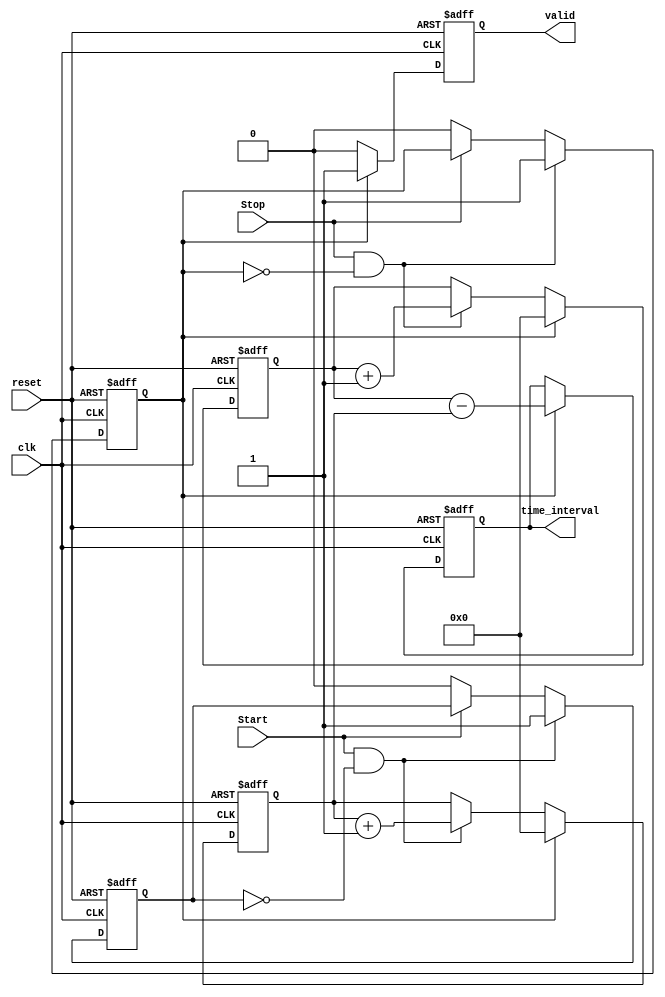
module TDC (
    input wire clk,           // Clock signal
    input wire reset,         // Reset signal
    input wire Start,         // Start event signal
    input wire Stop,          // Stop event signal
    output reg [31:0] time_interval, // Time interval output
    output reg valid          // Output valid signal
);

reg [31:0] start_timestamp; // To store the timestamp of Start event
reg [31:0] stop_timestamp;  // To store the timestamp of Stop event
reg start_capture;          // Flag to indicate start capture
reg stop_capture;           // Flag to indicate stop capture

// Clock domain sampling
always @(posedge clk or posedge reset) begin
    if (reset) begin
        start_timestamp <= 32'b0;
        stop_timestamp <= 32'b0;
        valid <= 1'b0;
        time_interval <= 32'b0;
        start_capture <= 1'b0;
        stop_capture <= 1'b0;
    end else begin
        // Detect Start event (rising edge)
        if (Start && !start_capture) begin
            start_timestamp <= start_timestamp + 1; // Increment timestamp on each clock cycle
            start_capture <= 1'b1; // Capture Start event
        end else if (!Start) begin
            start_capture <= 1'b0; // Reset capture flag when Start signal is low
        end

        // Detect Stop event (rising edge)
        if (Stop && !stop_capture) begin
            stop_timestamp <= stop_timestamp + 1; // Increment timestamp on each clock cycle
            stop_capture <= 1'b1; // Capture Stop event
        end else if (!Stop) begin
            stop_capture <= 1'b0; // Reset capture flag when Stop signal is low
        end

        // Calculate time interval when Stop event occurs
        if (stop_capture) begin
            time_interval <= stop_timestamp - start_timestamp; // Calculate time difference
            valid <= 1'b1; // Set valid signal
            // Reset timestamps for the next measurement
            start_timestamp <= 32'b0;
            stop_timestamp <= 32'b0;
        end else begin
            valid <= 1'b0; // Reset valid signal if not in a valid state
        end
    end
end

endmodule